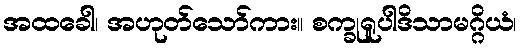
အထခေါ၊ အဟုတ်သော်ကား။ စက္ခုရူပါဒိသာမဂ္ဂိယံ၊